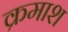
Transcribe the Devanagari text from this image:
क्रमाश